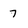
Character: 7